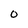
Character: O